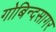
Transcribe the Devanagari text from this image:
गोबिन्‍दसागर